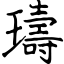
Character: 璹